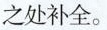
之处补全。